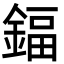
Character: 鍢